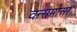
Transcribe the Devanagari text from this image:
वन्समोअर